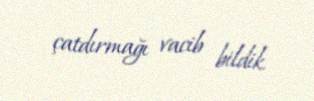
çatdırmağı vacib bildik.